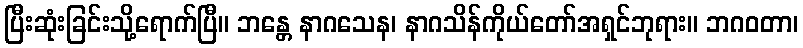
ပြီးဆုံးခြင်းသို့ရောက်ပြီ။ ဘန္တေ နာဂသေန၊ နာဂသိန်ကိုယ်တော်အရှင်ဘုရား။ ဘဂဝတာ၊